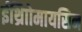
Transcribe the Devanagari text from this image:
ईथ्राोिमायसिन